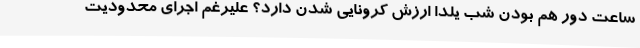
ساعت دور هم بودن شب یلدا ارزش کرونایی شدن دارد؟ علیرغم اجرای محدودیت